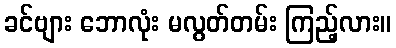
ခင်ဗျား ဘောလုံး မလွတ်တမ်း ကြည့်လား။